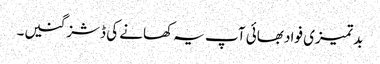
بد تمیزی فواد بھائی آپ یہ کھانے کی ڈشز گنیں۔